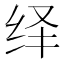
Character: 绎